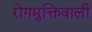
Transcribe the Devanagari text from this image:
रोगमुक्तिवाली